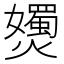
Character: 𡤗